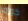
كيرك